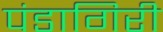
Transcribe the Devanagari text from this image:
पंडागिरी